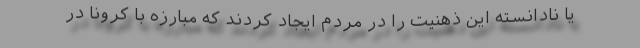
یا نادانسته این ذهنیت را در مردم ایجاد کردند که مبارزه با کرونا در